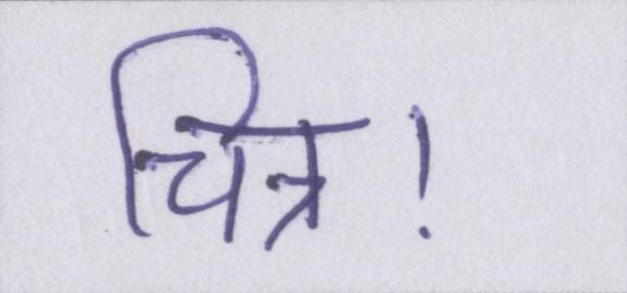
चित्र।